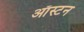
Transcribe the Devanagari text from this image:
ऑस्टन